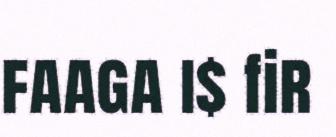
faaga i$ fir